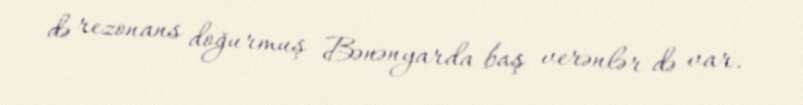
də rezonans doğurmuş Bənənyarda baş verənlər də var.